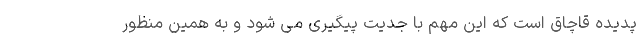
پدیده قاچاق است که این مهم با جدیت پیگیری می شود و به همین منظور